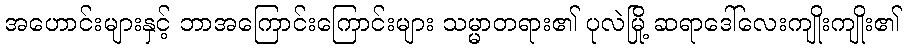
အဟောင်းများနှင့် ဘာအကြောင်းကြောင်းများ သမ္မာတရား၏ ပုလဲမြို့ ဆရာဒေါ်လေးကျိုးကျိုး၏